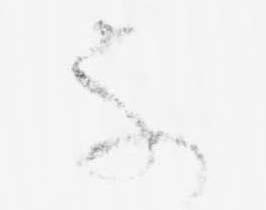
不